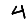
Digit: 4